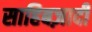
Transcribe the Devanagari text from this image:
साहिबज़ादी